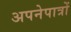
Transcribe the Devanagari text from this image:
अपनेपात्रों